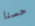
حسنا